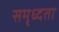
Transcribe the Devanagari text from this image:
समृध्दता